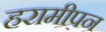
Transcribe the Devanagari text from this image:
हरामीपन